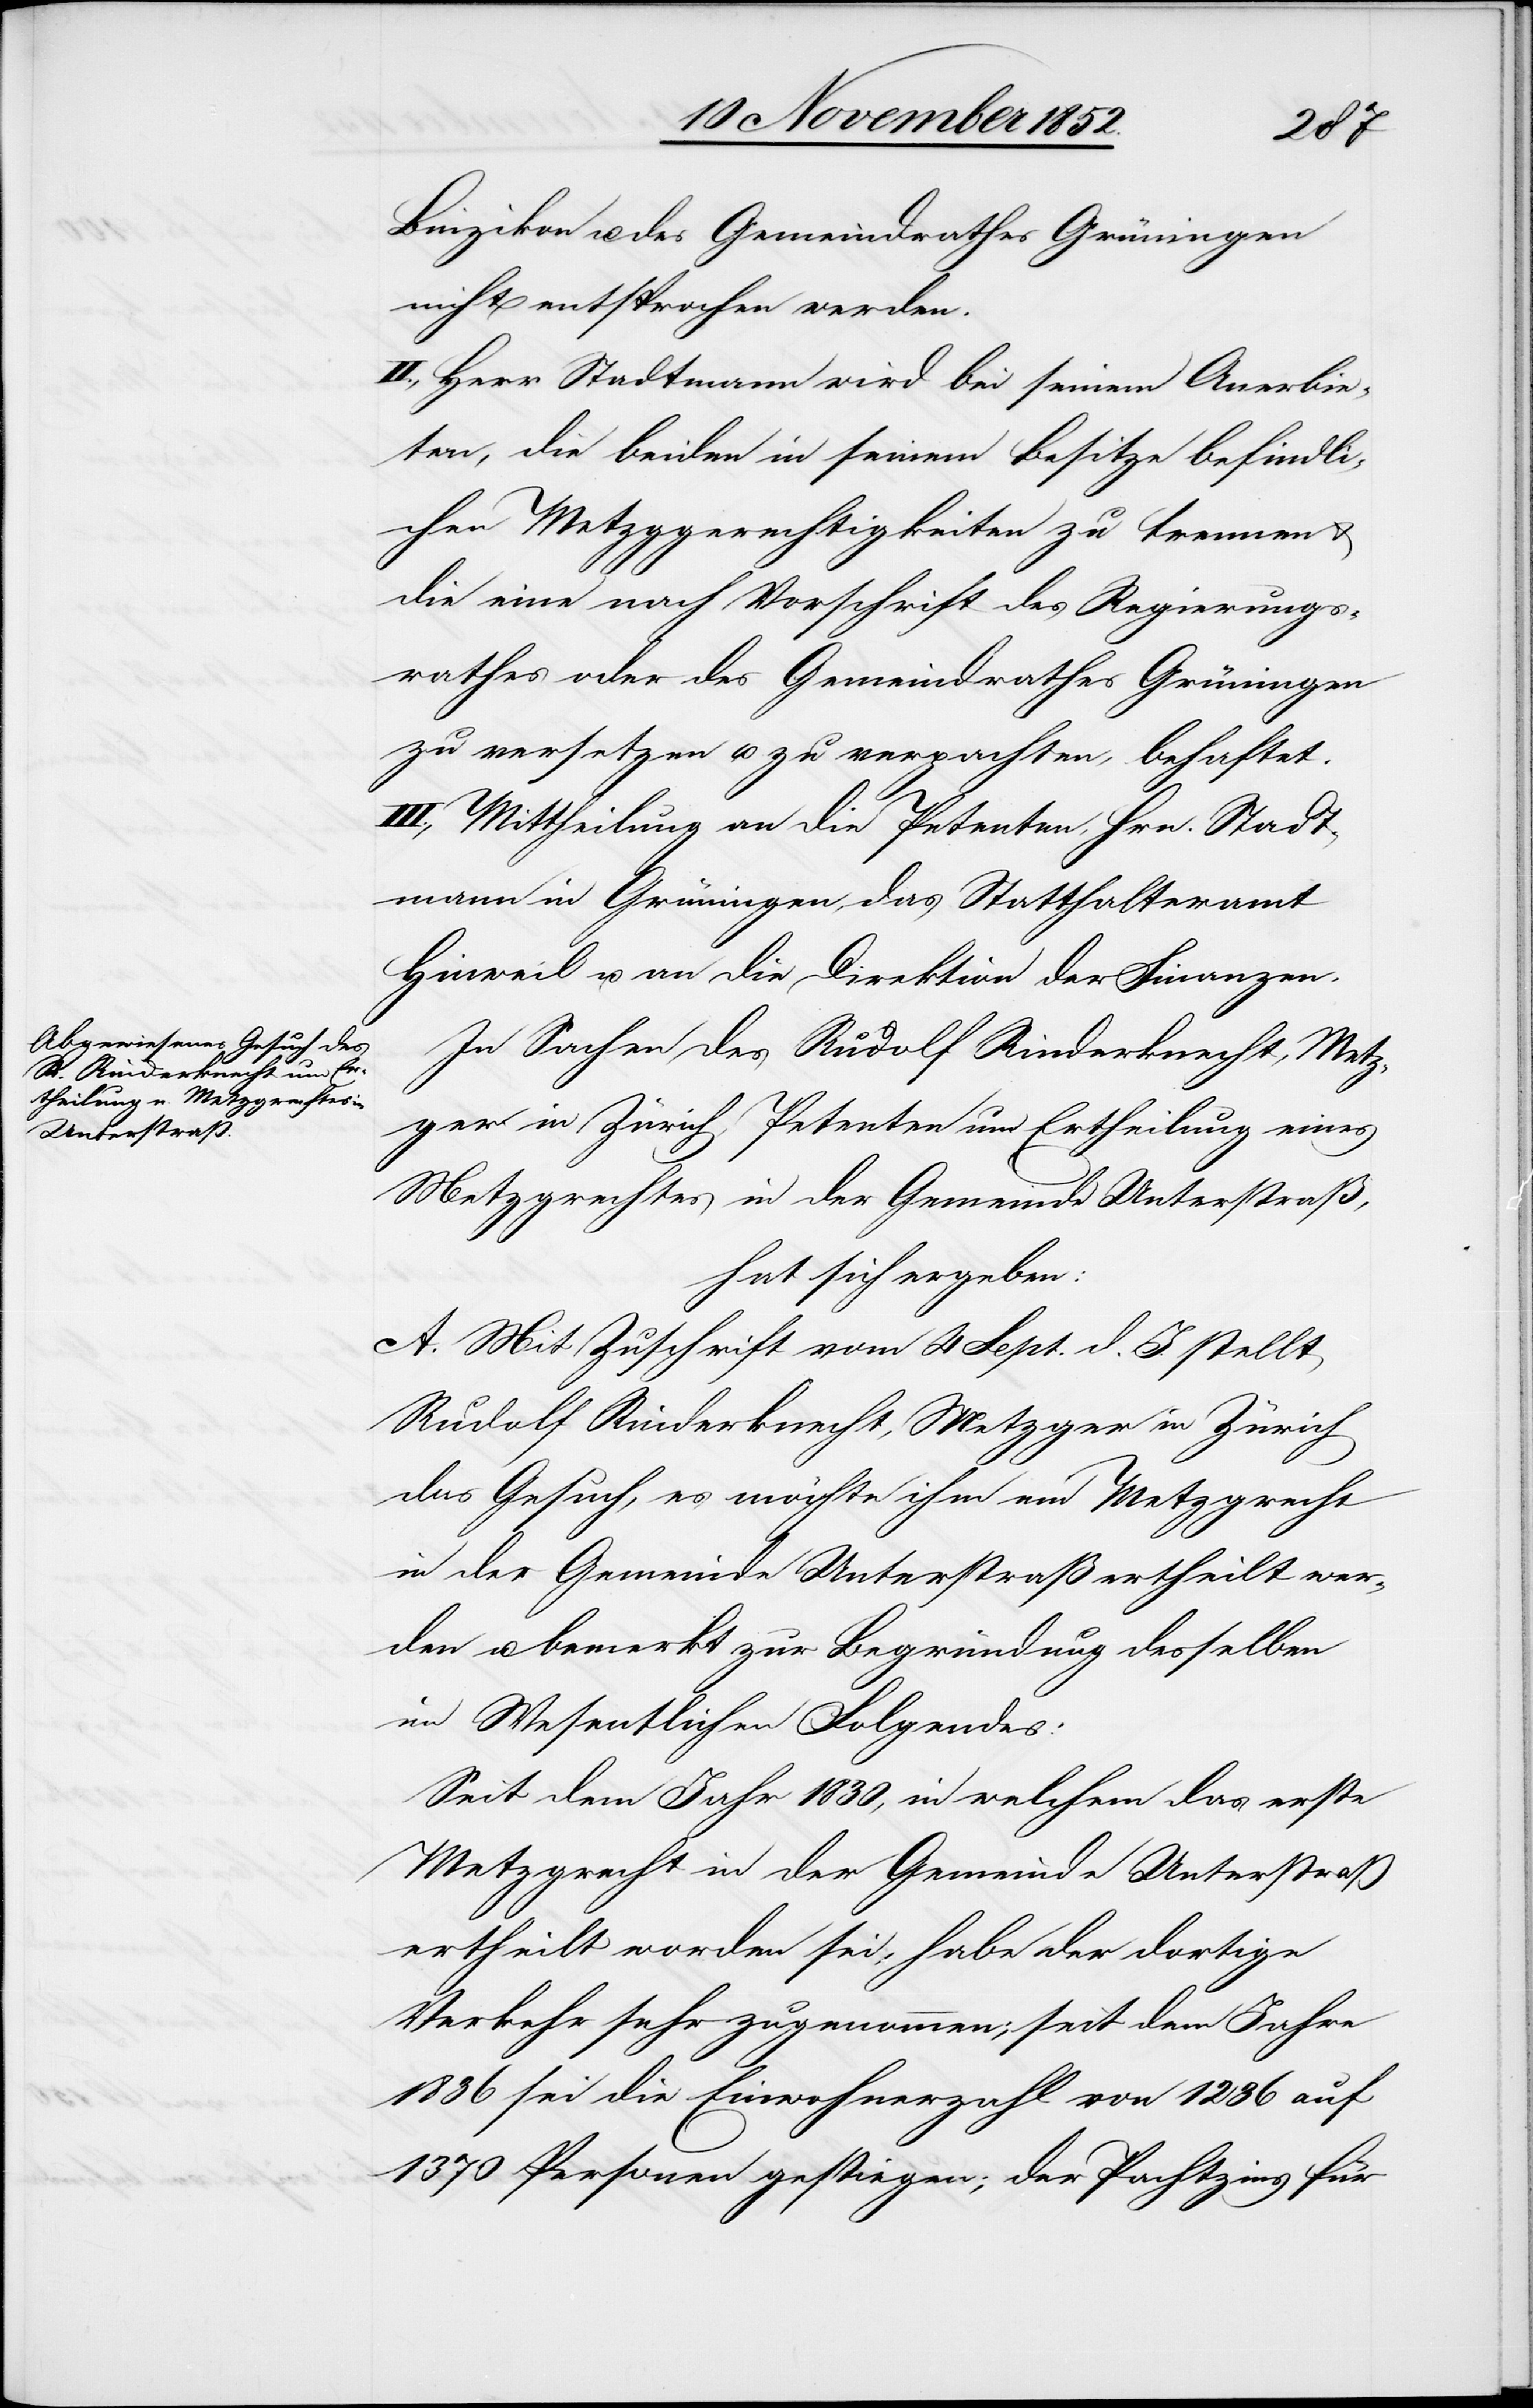
Binzikon u. des Gemeindrathes Grüningen
nicht entsprochen werden.
II., Herr Stadtmann wird bei seinem Anerbie¬
ten, die beiden in seinem Besitze befindli¬
chen Metzggerechtigkeiten zu trennen &
die eine nach Vorschrift des Regierungs¬
rathes oder des Gemeindrathes Grüningen
zu versetzen u. zu verpachten, behaftet.
III., Mittheilung an die Petenten, Hrn. Stadt¬
mann in Grüningen, das Statthalteramt
Hinweil u. an die Direktion der Finanzen.
In Sachen des Rudolf Rinderknecht, Metz¬
ger in Zürich, Petenten um Ertheilung eines
Metzgrechtes in der Gemeinde Unterstraß,
hat sich ergeben:
A. Mit Zuschrift vom 4 Sept. d. J. stellt
Rudolf Rinderknecht, Metzger in Zürich
das Gesuch, es möchte ihm ein Metzgrecht
in der Gemeinde Unterstraß ertheilt wer¬
den u. bemerkt zur Begründung desselben
im Wesentlichen Folgendes:
Seit dem Jahr 1830, in welchem das erste
Metzgrecht in der Gemeinde Unterstraß
ertheilt worden sei, habe der dortige
Verkehr sehr zugenommen; seit dem Jahre
1836 sei die Einwohnerzahl von 1236 auf
1370 Personen gestiegen; der Pachtzins für